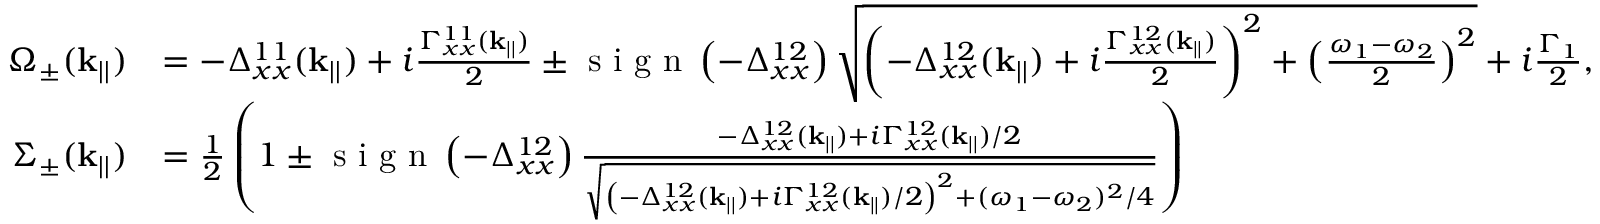
\begin{array} { r l } { \Omega _ { \pm } ( \mathbf { k } _ { | | } ) } & { = - \Delta _ { x x } ^ { 1 1 } ( \mathbf { k } _ { | | } ) + i \frac { \Gamma _ { x x } ^ { 1 1 } ( \mathbf { k } _ { | | } ) } { 2 } \pm \textrm { s i g n } \left( - \Delta _ { x x } ^ { 1 2 } \right) \sqrt { \left( - \Delta _ { x x } ^ { 1 2 } ( \mathbf { k } _ { | | } ) + i \frac { \Gamma _ { x x } ^ { 1 2 } ( \mathbf { k } _ { | | } ) } { 2 } \right) ^ { 2 } + \left( \frac { \omega _ { 1 } - \omega _ { 2 } } { 2 } \right) ^ { 2 } } + i \frac { \Gamma _ { 1 } } { 2 } , } \\ { \Sigma _ { \pm } ( \mathbf { k } _ { | | } ) } & { = \frac { 1 } { 2 } \left( 1 \pm \textrm { s i g n } \left( - \Delta _ { x x } ^ { 1 2 } \right) \frac { - \Delta _ { x x } ^ { 1 2 } ( \mathbf { k } _ { | | } ) + i \Gamma _ { x x } ^ { 1 2 } ( \mathbf { k } _ { | | } ) / 2 } { \sqrt { \left( - \Delta _ { x x } ^ { 1 2 } ( \mathbf { k } _ { | | } ) + i \Gamma _ { x x } ^ { 1 2 } ( \mathbf { k } _ { | | } ) / 2 \right) ^ { 2 } + ( \omega _ { 1 } - \omega _ { 2 } ) ^ { 2 } / 4 } } \right) } \end{array}